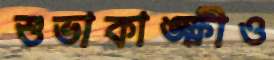
শুভাকাঙ্ক্ষীও